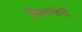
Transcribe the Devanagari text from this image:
वितरणांची